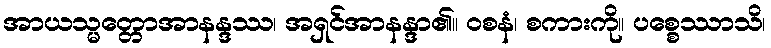
အာယသ္မတ္တောအာနန္ဒဿ၊ အရှင်အာနန္ဒာ၏။ ဝစနံ၊ စကားကို။ ပစ္စေဿာသိ၊